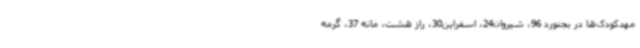
مهدکودک‌ها در بجنورد 96، شیروان24، اسفراین30، راز هشت، مانه 37، گرمه